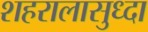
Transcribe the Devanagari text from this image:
शहरालासुध्दा